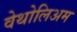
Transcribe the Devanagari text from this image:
वेथोलिअम